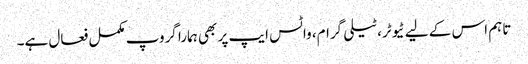
تاہم اس کے لیے ٹیوٹر، ٹیلی گرام، واٹس ایپ پر بھی ہمارا گروپ مکمل فعال ہے۔